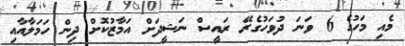
މެއި މަހުގެ 6 ވަނަ ދުވަހުގެރޭ ރައީސް ނަޝީދަށް އަމާޒުކޮށް ދިން ހަމަލާއާއި